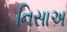
નિસાઅ